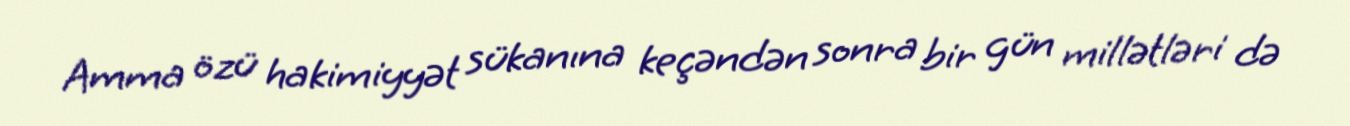
Amma özü hakimiyyət sükanına keçəndən sonra bir gün millətləri də